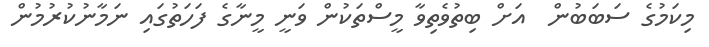
މިކަމުގެ ސަބަބުން  އަށް ބިތުވެތިވާ މީސްތަކުން ވަނީ މީނާގެ ފަހަތުގައި ނަމާނުކުރުމުން